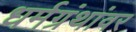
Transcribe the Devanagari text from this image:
धर्मग्रंथांवर